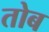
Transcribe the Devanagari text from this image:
तोब